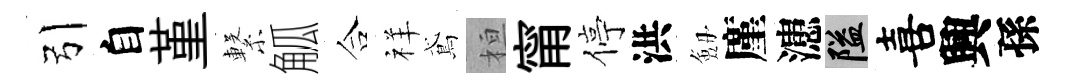
引自堇繋觚合祥鳶桓甯停洪劔廑漶隘喜興孫